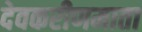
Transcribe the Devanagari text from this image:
देवकरीणमाता